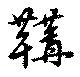
鞲